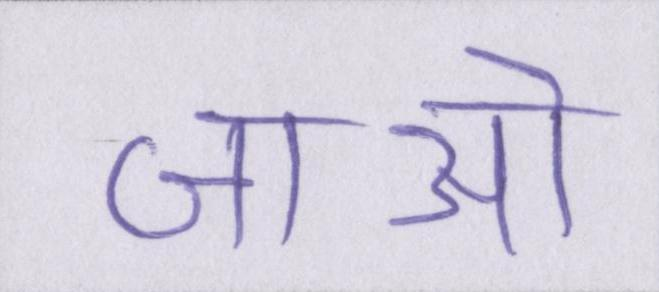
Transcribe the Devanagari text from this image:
जाओ